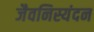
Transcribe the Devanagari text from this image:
जैवनिस्यंदन